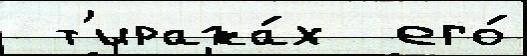
 т'иража́х  его́